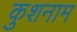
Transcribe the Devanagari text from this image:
कुशनाम